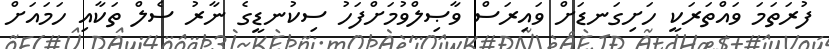
ފުރަތަމަ ވައްތަރަކީ ހަށިގަނޑަށް ވައިރަސް ވާޞިލްވުމަށްފަހު ސިކުނޑީގެ ނާރު ސެލް ތަކާއި ހަމައަށް